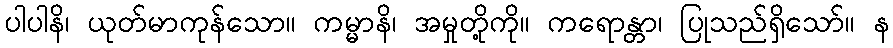
ပါပါနိ၊ ယုတ်မာကုန်သော။ ကမ္မာနိ၊ အမှုတို့ကို။ ကရောန္တာ၊ ပြုသည်ရှိသော်။ န